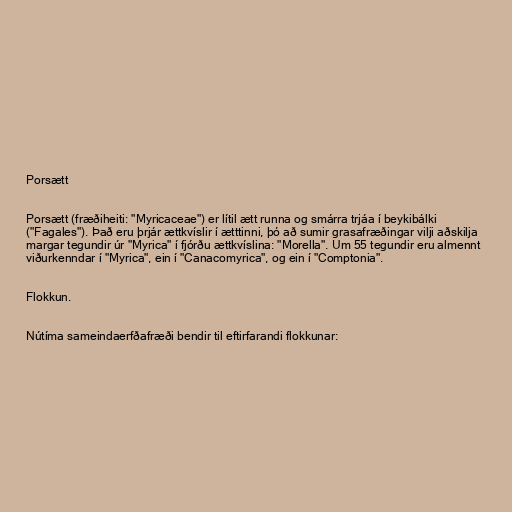
Porsætt

Porsætt (fræðiheiti: "Myricaceae") er lítil ætt runna og smárra trjáa í beykibálki
("Fagales"). Það eru þrjár ættkvíslir í ætttinni, þó að sumir grasafræðingar vilji aðskilja
margar tegundir úr "Myrica" í fjórðu ættkvíslina: "Morella". Um 55 tegundir eru almennt
viðurkenndar í "Myrica", ein í "Canacomyrica", og ein í "Comptonia".

Flokkun.

Nútíma sameindaerfðafræði bendir til eftirfarandi flokkunar: